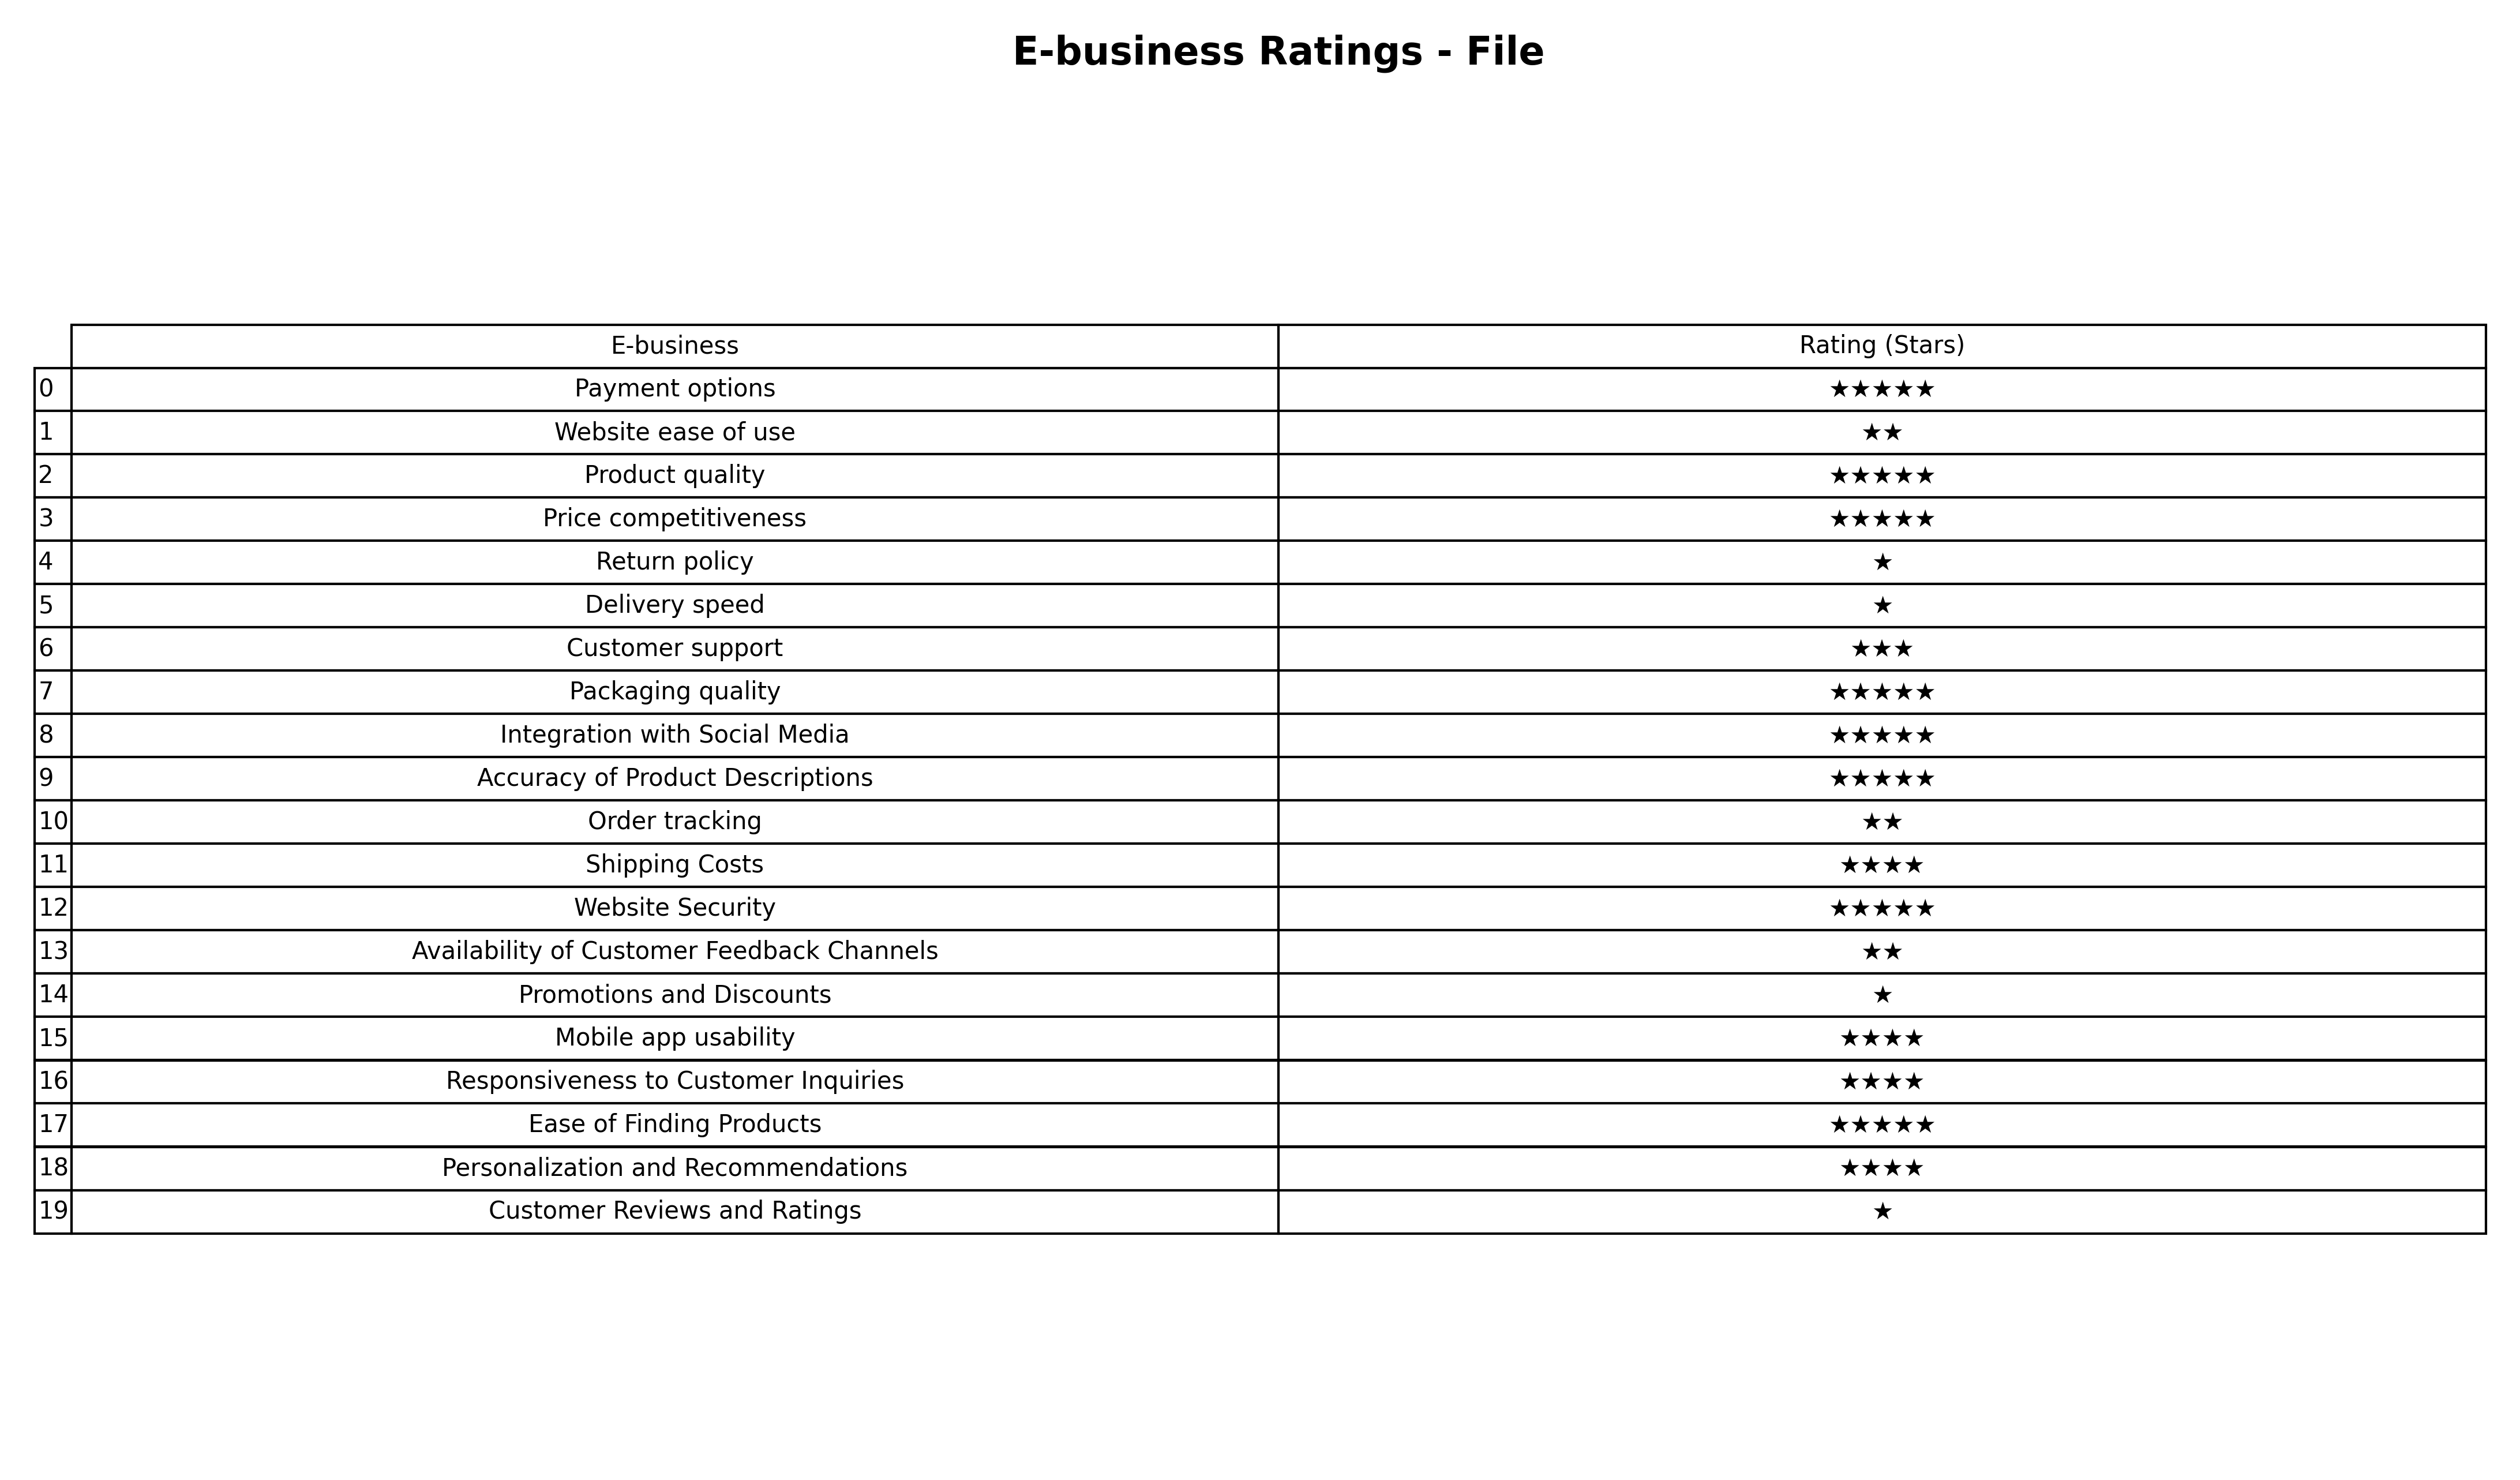
question: What is the rating of Packaging quality?
answer: ★★★★★